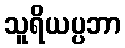
သူရိယပ္ပဘာ